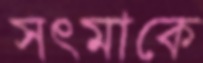
সৎমাকে